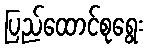
ပြည်ထောင်စုရွေး